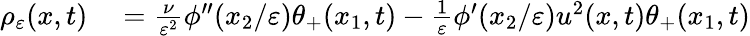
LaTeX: \begin{array}{rl}{\rho_{\varepsilon}(x,t)}&{{}=\frac{\nu}{\varepsilon^{2}}\phi^{\prime\prime}(x_{2}/\varepsilon)\theta_{+}(x_{1},t)-\frac{1}{\varepsilon}\phi^{\prime}(x_{2}/\varepsilon)u^{2}(x,t)\theta_{+}(x_{1},t)}\end{array}